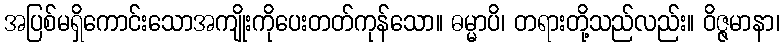
အပြစ်မရှိကောင်းသောအကျိုးကိုပေးတတ်ကုန်သော။ ဓမ္မာပိ၊ တရားတို့သည်လည်း။ ဝိဇ္ဇမာနာ၊